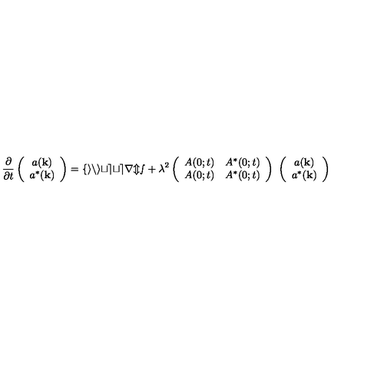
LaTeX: \frac { \partial } { \partial t } \left( \begin{array} { c } { a ( { \bf k } ) } \\ { a ^ { * } ( { \bf k } ) } \\ \end{array} \right) = \mathrm { \cal f i n i t e t e r m s } + \lambda ^ { 2 } \left( \begin{array} { c c } { A ( 0 ; t ) } & { A ^ { * } ( 0 ; t ) } \\ { A ( 0 ; t ) } & { A ^ { * } ( 0 ; t ) } \\ \end{array} \right) \ \left( \begin{array} { c } { a ( { \bf k } ) } \\ { a ^ { * } ( { \bf k } ) } \\ \end{array} \right)